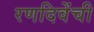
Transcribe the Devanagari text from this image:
रणदिवेंची